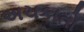
અચકાતો